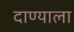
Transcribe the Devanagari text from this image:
दाण्याला